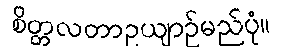
စိတ္တလတာဥယျာဉ်မည်ပုံ။